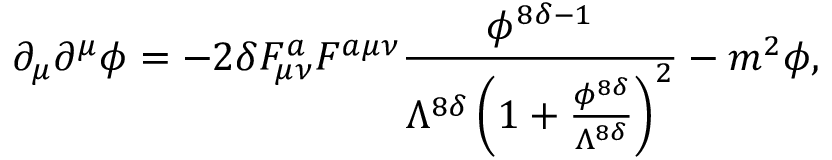
\partial _ { \mu } \partial ^ { \mu } \phi = - 2 \delta F _ { \mu \nu } ^ { a } F ^ { a \mu \nu } \frac { \phi ^ { 8 \delta - 1 } } { \Lambda ^ { 8 \delta } \left( 1 + \frac { \phi ^ { 8 \delta } } { \Lambda ^ { 8 \delta } } \right) ^ { 2 } } - m ^ { 2 } \phi ,